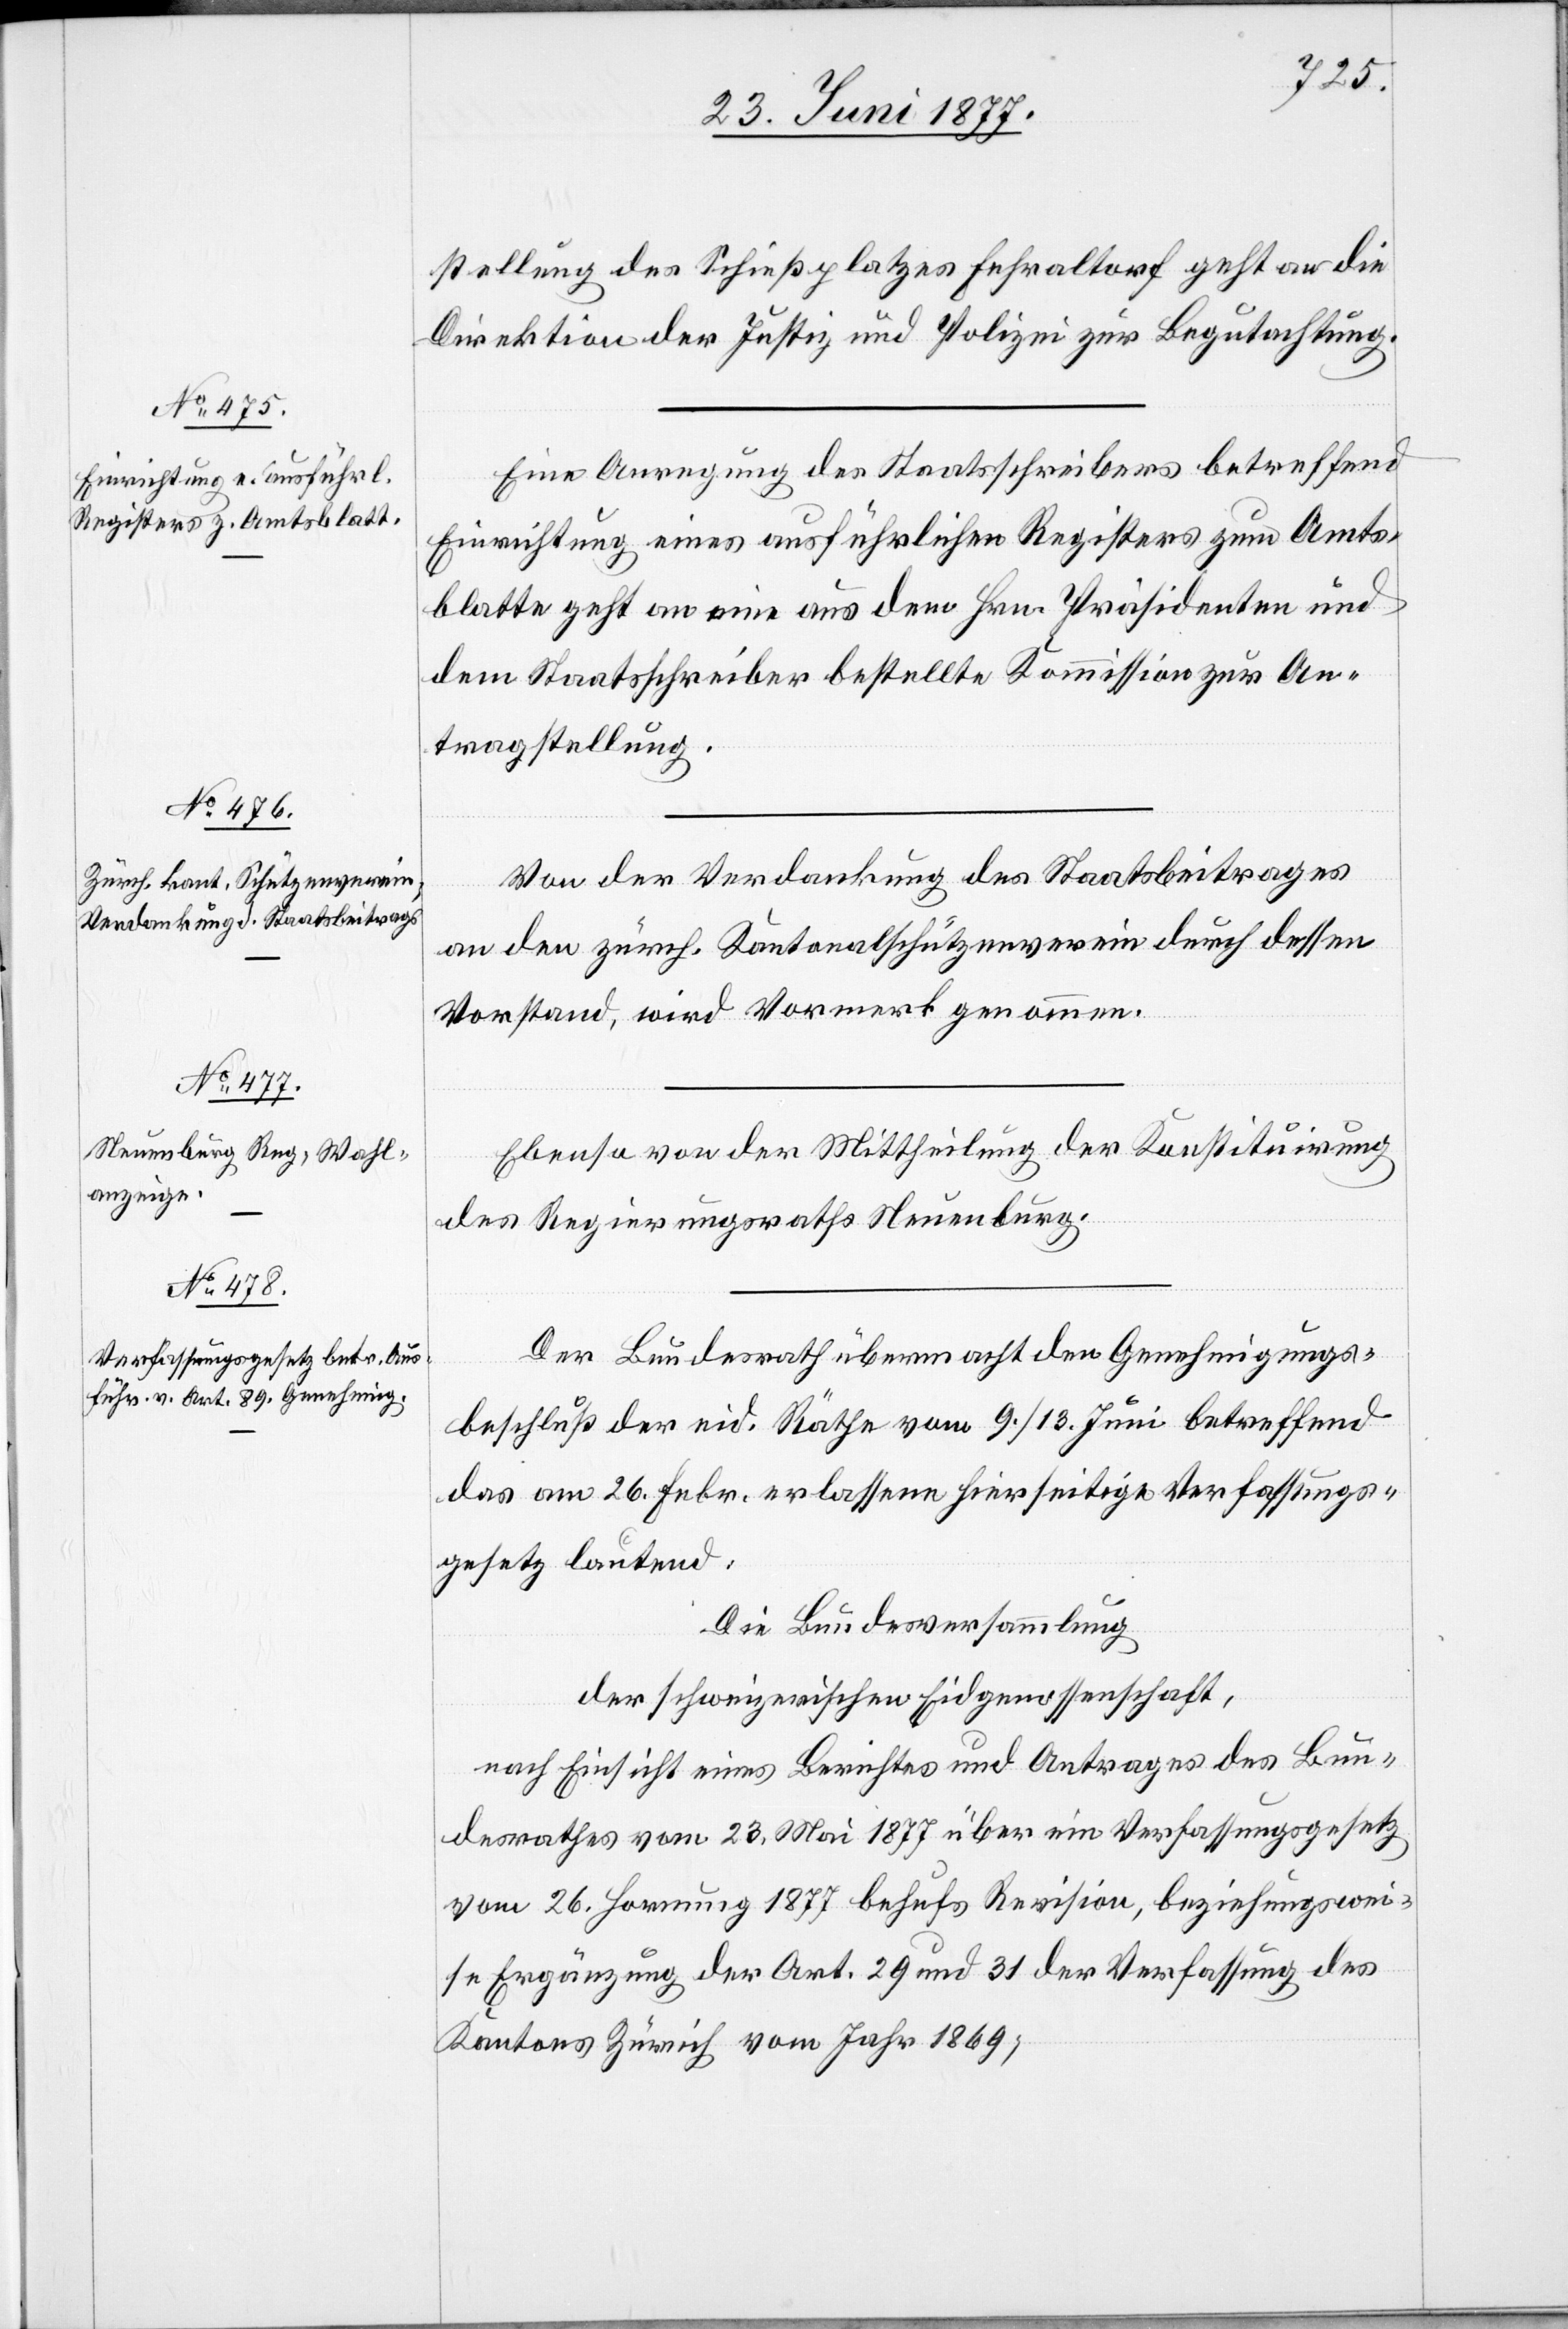
stellung des Schießplatzes Fehraltorf geht an die
Direktion der Justiz und Polizei zur Begutachtung.
Eine Anregung des Staatsschreibers betreffend
Einrichtung eines ausführlichen Registers zum Amts¬
blatte geht an eine aus dem Hrn. Präsidenten und
dem Staatsschreiber bestellte Kommission zur An¬
tragstellung.
Von der Verdankung des Staatsbeitrages
an den zürch. Kantonalschützenverein durch dessen
Vorstand, wird Vormerk genommen.
Ebenso von der Mittheilung der Konstituirung
des Regierungsrathes Neuenburg.
Der Bundesrath übermacht den Genehmigungs¬
beschluß der eid. Räthe vom 9./13. Juni betreffend
das am 26. Febr. erlassene hierseitige Verfassungs¬
gesetz, lautend:
Die Bundesversammlung
der schweizerischen Eidgenossenschaft,
nach Einsicht eines Berichtes und Antrages des Bun¬
desrathes vom 23. Mai 1877 über ein Verfassungsgesetz
vom 26. Hornung 1877 behufs Revision, beziehungswei¬
se Ergänzung der Art. 29 und 31 der Verfassung des
Kantons Zürich vom Jahr 1869,